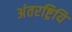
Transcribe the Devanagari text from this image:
अंतरष्ट्रियि